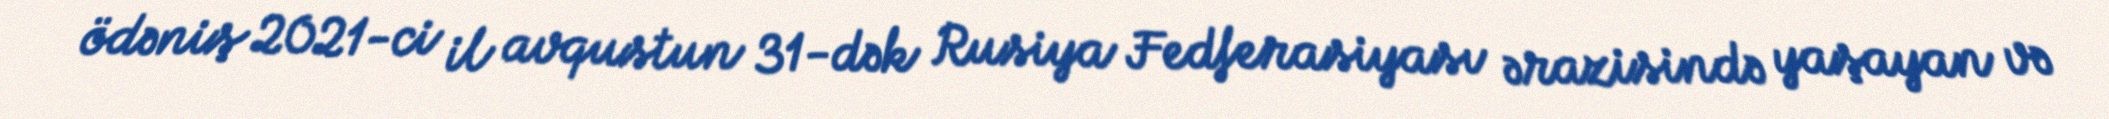
ödəniş 2021-ci il avqustun 31-dək Rusiya Fedferasiyası ərazisində yaşayan və